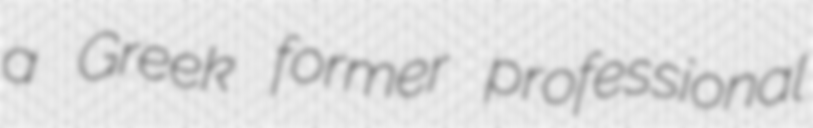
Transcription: a Greek former professional